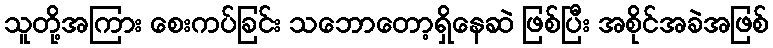
သူတို့အကြား စေးကပ်ခြင်း သဘောတော့ရှိနေဆဲ ဖြစ်ပြီး အစိုင်အခဲအဖြစ်